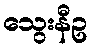
သွေးနီဥ